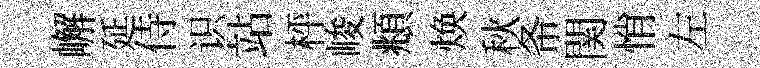
嶰延侍识站枰峻頫焕秋𢁙関悄左